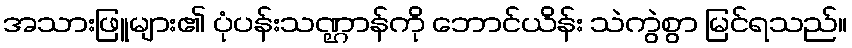
အသားဖြူများ၏ ပုံပန်းသဏ္ဌာန်ကို ဘောင်ယိန်း သဲကွဲစွာ မြင်ရသည်။